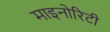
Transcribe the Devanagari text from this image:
माइनोरिटी